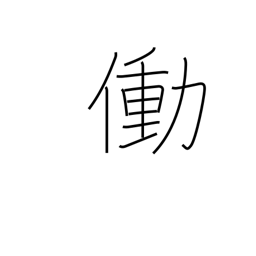
Meaning: work